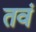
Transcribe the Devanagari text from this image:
तवं